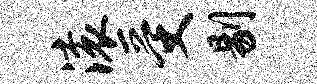
滚受剔